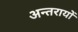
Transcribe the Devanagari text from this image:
अन्तरायों